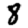
Digit: 8